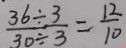
\frac { 3 6 \div 3 } { 3 0 \div 3 } = \frac { 1 2 } { 1 0 }